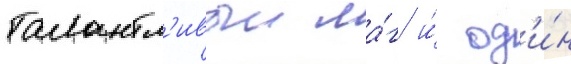
талантл'ивыи ма́г и́ од'и́н